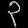
Digit: ၃